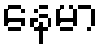
နေမာ